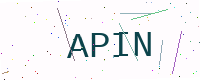
Text: APIN